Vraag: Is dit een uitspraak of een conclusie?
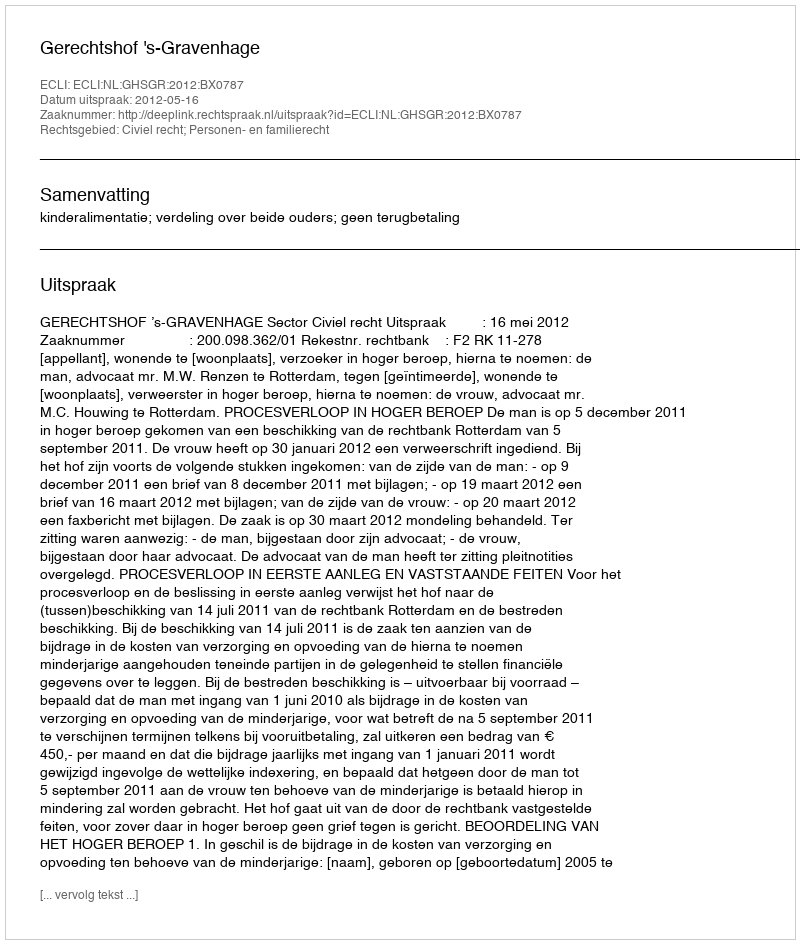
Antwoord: Uitspraak